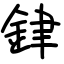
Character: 銉